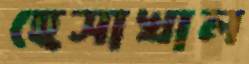
হেসাখাল